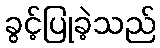
ခွင့်ပြုခဲ့သည်